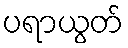
ပရာယွတ်